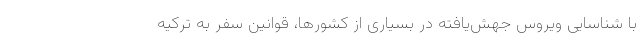
با شناسایی ویروس جهش‌یافته در بسیاری از کشورها، قوانین سفر به ترکیه